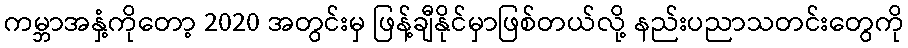
ကမ္ဘာအနှံ့ကိုတော့ 2020 အတွင်းမှ ဖြန့်ချီနိုင်မှာဖြစ်တယ်လို့ နည်းပညာသတင်းတွေကို